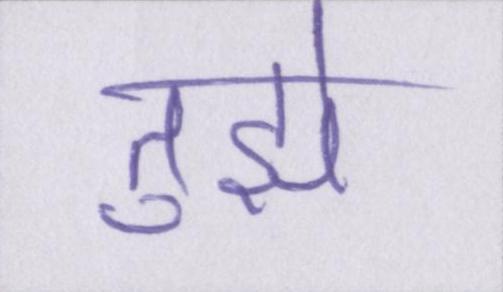
तुझे